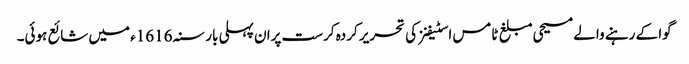
گوا کے رہنے والے مسیحی مبلغ ٹامس اسٹیفنز کی تحریر کردہ کرست پران پہلی بار سنہ 1616ء میں شائع ہوئی۔